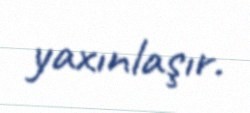
yaxınlaşır.